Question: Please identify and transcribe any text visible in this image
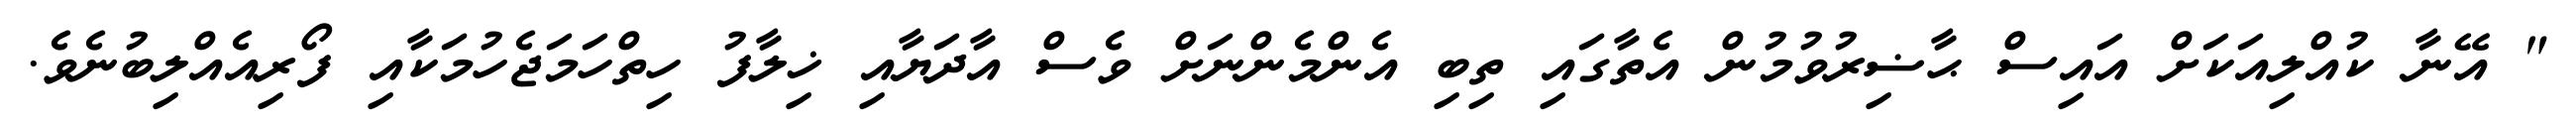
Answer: " އޭނާ ކުއްލިއަކަށް އައިސް ޙާޟިރުވުމުން އެތާގައި ތިބި އެންމެންނަށް ވެސް އާދަޔާއި ޚިލާފު ހިތްހަމަޖެހުމަކާއި ފޯރިއެއްލިބުނެވެ.